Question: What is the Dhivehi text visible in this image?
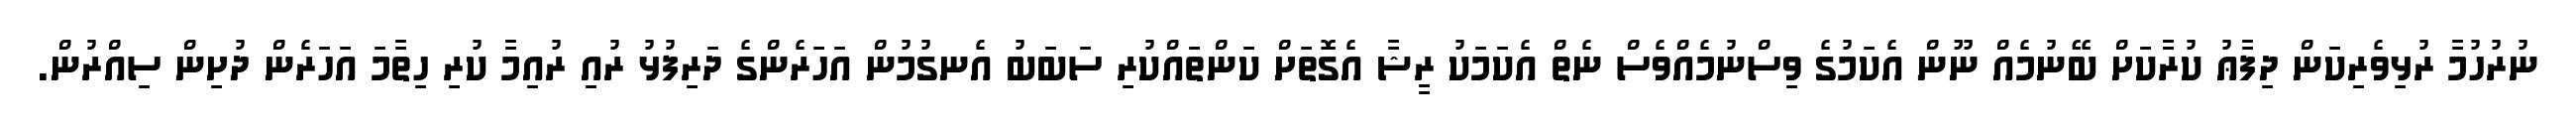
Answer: ނުރުހުމާ ރުޅިވެރިކަން ދިފާޢު ކުރާާކަށް ބޭނުމެއް ނޫން އެކަމުގެ ވިސްނުމެއްވެސް ނެތް އެކަމަކު ރީޝާ އެގޮތަށް ކަންތައްކުރި ސަބަބު އެނގުމުން އަހަރެންގެ ދަރިފުޅު ރުއި ރުއިމާ ކުރި ހިތާމަ އަހަރެން ދުށިން ސިއްރުން.